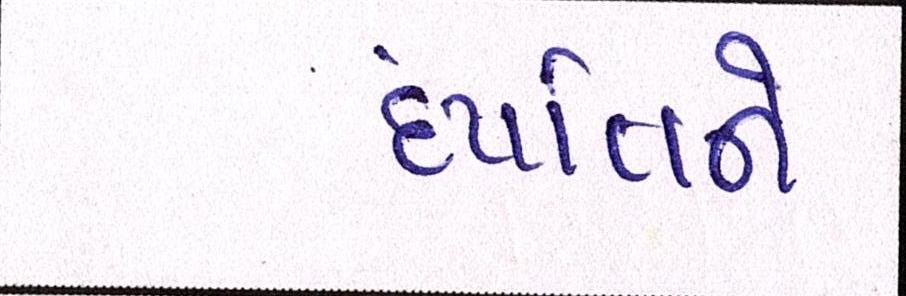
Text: દંપત્તિને